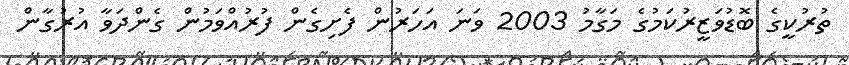
ތުރުކީގެ ބޮޑުވަޒީރުކަމުގެ މަގާމު 2003 ވަނަ އަހަރުން ފެށިގެން ފުރުއްވަމުން ގެންދަވާ އުރުގާން